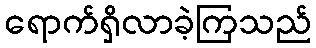
ရောက်ရှိလာခဲ့ကြသည်